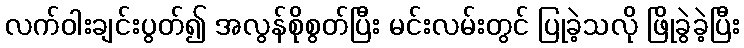
လက်ဝါးချင်းပွတ်၍ အလွန်စိုစွတ်ပြီး မင်းလမ်းတွင် ပြုခဲ့သလို ဖြိုခွဲခဲ့ပြီး